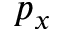
p _ { x }